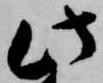
此